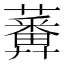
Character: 𧂵